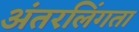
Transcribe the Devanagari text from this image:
अंतरलिंगता